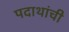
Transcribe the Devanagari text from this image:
पदाथांची